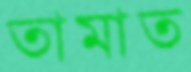
তামাত